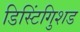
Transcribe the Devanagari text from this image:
डिस्टिंगुिशड